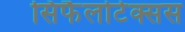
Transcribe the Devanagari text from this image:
सिफैलोटेक्सस